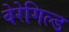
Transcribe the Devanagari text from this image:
वेरेगिल्ड